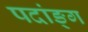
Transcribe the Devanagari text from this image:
पदांङ्ग